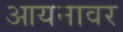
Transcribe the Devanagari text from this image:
आयनावर